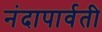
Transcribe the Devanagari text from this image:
नंदापार्वती